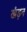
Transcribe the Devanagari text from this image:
खंड़न